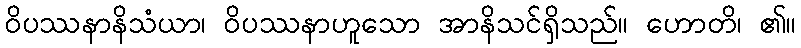
ဝိပဿနာနိသံယာ၊ ဝိပဿနာဟူသော အာနိသင်ရှိသည်။ ဟောတိ၊ ၏။